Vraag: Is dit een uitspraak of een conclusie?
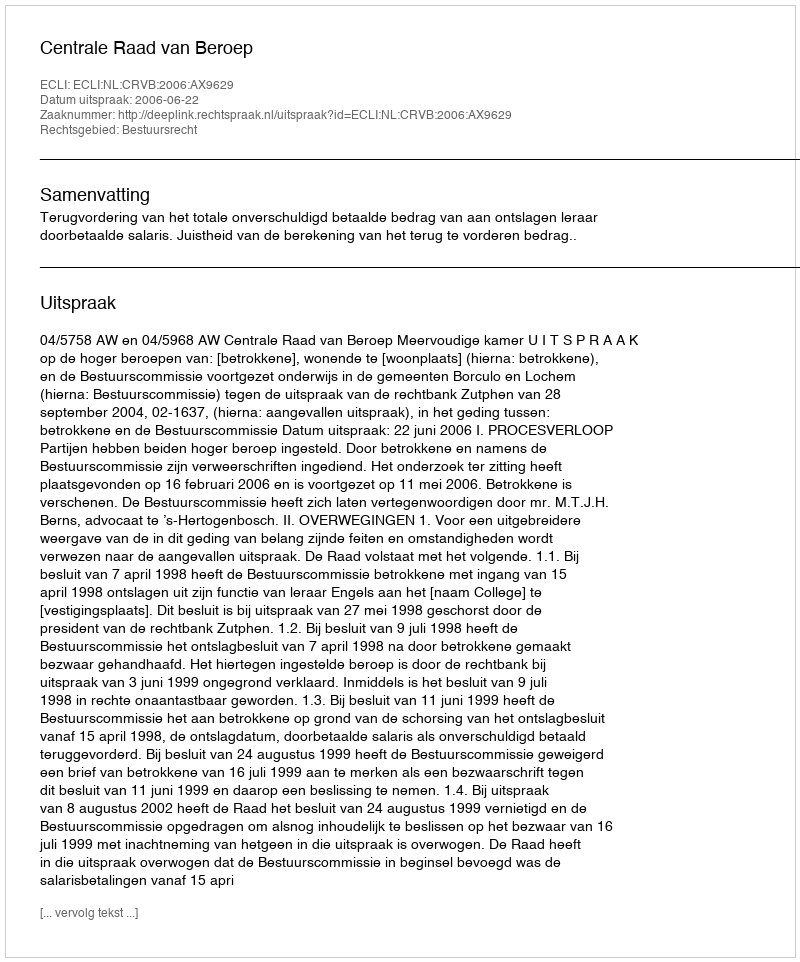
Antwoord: Uitspraak